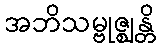
အဘိသမ္ဗုဇ္ဈန္တိ